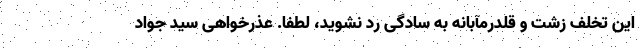
این تخلف زشت و قلدرمآبانه به سادگی رد نشوید، لطفاً. عذرخواهی سید جواد